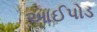
આઈપોડ